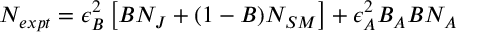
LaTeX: N _ { e x p t } = \epsilon _ { B } ^ { 2 } \left[ B N _ { J } + ( 1 - B ) N _ { S M } \right] + \epsilon _ { A } ^ { 2 } B _ { A } B N _ { A }